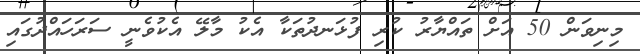
މިނިވަން 50 އަށް ތައްޔާރު ކުރި ފުޅަނދުތަކާ އެކު މާލޭ އެކުވެނީ ސަރަހައްދުގައި